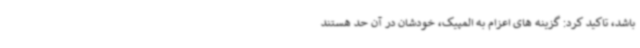
باشد، تاکید کرد: گزینه های اعزام به المپیک، خودشان در آن حد هستند